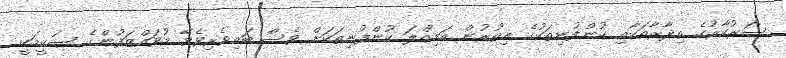
ސަރުކާރުގެ އިދާރާތަކާއި ކުންފުނިތަކުގެ އިތުރުން އަމިއްލަ ކުންފުނިތަކަށް ވެސް ބައިވެރިވެވޭ މުވައްޒަފުންގެ ސުކީމަކީ